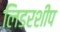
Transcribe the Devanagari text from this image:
लिडरशीप